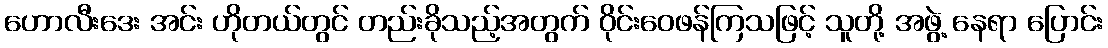
ဟောလီးဒေး အင်း ဟိုတယ်တွင် တည်းခိုသည့်အတွက် ဝိုင်းဝေဖန်ကြသဖြင့် သူတို့ အဖွဲ့ နေရာ ပြောင်း